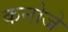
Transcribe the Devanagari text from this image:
कनोजे